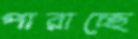
পারাচ্ছে